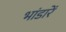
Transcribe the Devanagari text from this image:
भांडारें